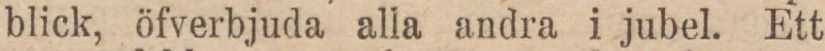
blick, öfverbjuda alla andra i jubel. Ett